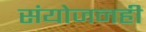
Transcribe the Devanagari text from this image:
संयोजनही